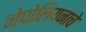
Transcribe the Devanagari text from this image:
नेपोलियनाचे